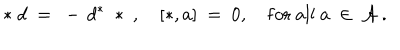
* \; d \ = \ - \, d ^ { * } \; * \ , \quad [ * , a ] \ = \ 0 , \quad \mathrm { f o r \ a l l } \ a \ \in \ { \mathcal A } \ .